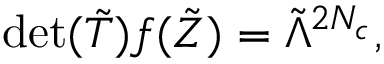
\mathrm { d e t } ( { \tilde { T } } ) f ( { \tilde { Z } } ) = { \tilde { \Lambda } } ^ { 2 N _ { c } } ,